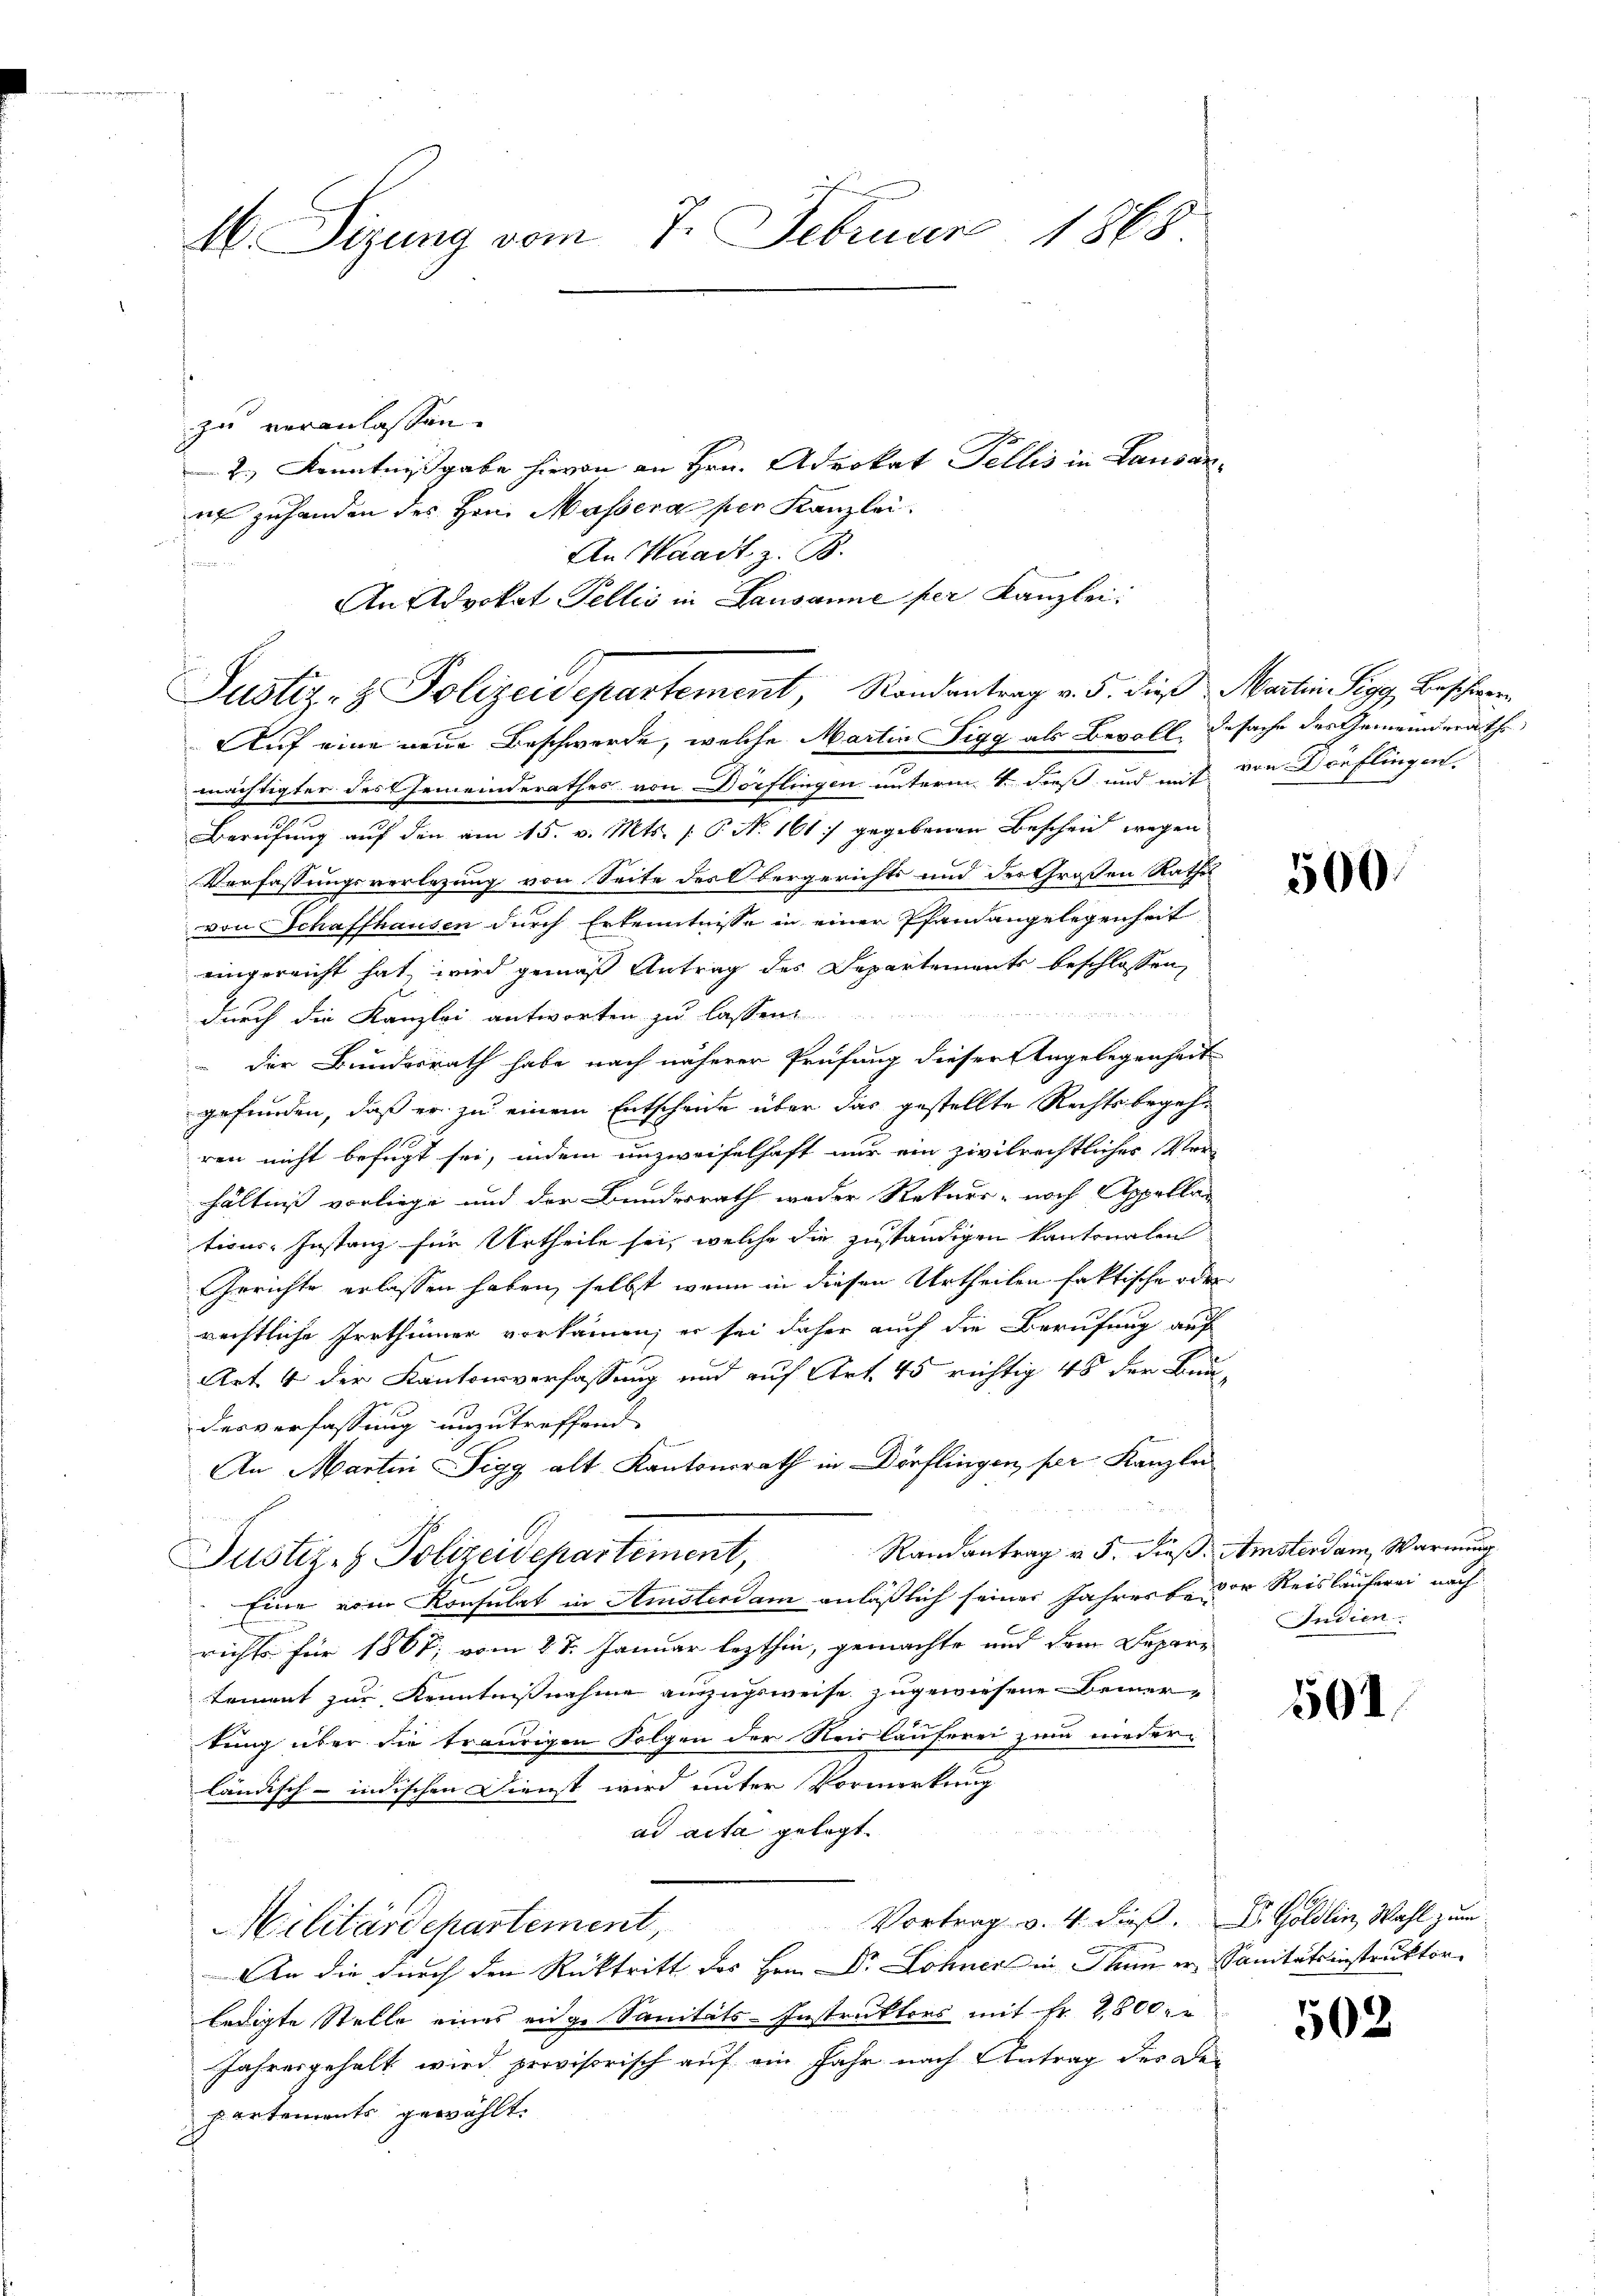
M. Sizung vom 7. Februar 1868

zu veranlassen.
2.) Kenntnißgabe hievon an Hrn. Advokat Fellis in Lausanut zu handen des Hrn. Massera per Kanzlei.
An Waadt z. B.
zu
An Advokat Fellis in Lausanne per Kanzlei:
Justiz- & Polizeidepartement, Randantrag v. 5. dieß Martin Sigg, Beschwere
Auf eine neue Beschwerde, welche Martin Sigg als Bevoll desache des Gemeinderäthe
mächtigter des Gemeinderathes von Dörflingen unterm 4. dieß und mit den Dorflingen.
Berufung auf den am 15. v. Mts. f. P. N. 161. gegebenen Beschein wegen
Verfassungsverlegung von Seite des Obergerichts und des Großen Rathes
von Schaffhausen durch Erkenntnisse in einer Pfandangelegenheit
eingereicht hat, wird gemäß Antrag des Departements beschlossen,
durch die Kanzlei antworten zu lassen
" der Bundesrath habe nach näherer Prüfung dieser Angelegenheit
gefunden, daß er zu einem Entscheide über das gestellte Rechtsbegehren nicht befugt sei, indem unzweifelhaft nur ein zivilrechtlicher Verhältniß vorliege und der Bundesrath weder Rekurs- noch Appellations-Instanz für Urtheile sei, welche die zuständigen kantonalen
Gerichte erlassen haben, selbst, wenn in diesen Urtheilen faktische oder
rechtliche Irrthümer vorkämen; er sei daher auch die Berufung auf
Art 4 der Kantonsverfassung und auf Art. 45 richtig 48 der Bun-
desverfassung unzutreffend
An Martin Sigg alt Kantonsrath in Dörflingen per Kanzle
Randantrag v. 5. dieß. Amsterdam Warnung
Justiz- & Polizeidepartement,
Eine vom Konsulat in Amsterdam anläßlich seiner Jahresse der Reisläuferei nach
richte für 1867; vom 27. Januar lezthin, gemachte und dem Depar¬
Triment zur Kenntnißnahme auszugsweise zugewiesene Bemertung über die traurigen Folgen der Reisläuferei zum nieder
ländisch-indischen Dienst wird unter Vormerkung
ad acta gelegt.
Vortrag v. 4. dieß.  Göldlin, Wahl zum
Militärdepartement,
An die durch den Rücktritt des Hrn. Dr Lohner in Thun er Sanitätsinstruktor
ledigte Stelle eines eige Sanitäts-Instruktors mit Fr. 2800 r
Jahresgehalt wird provisorisch auf ein Jahr nach Antrag des Departements gewählt.

500

Indien

501.

502